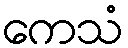
ကေသံ